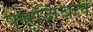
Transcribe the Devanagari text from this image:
फ्यूजिबल